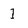
Character: I